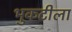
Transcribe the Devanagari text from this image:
भुकटीला